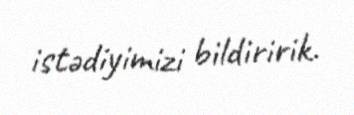
istədiyimizi bildiririk.